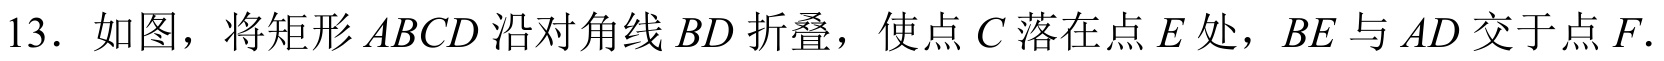
13. 如图，将矩形\(ABCD\)沿对角线\(BD\)折叠，使点\(C\)落在点\(E\)处，\(BE\)与\(AD\)交于点\(F\).